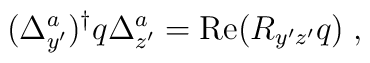
(\Delta^a_{y'})^{\dagger} q \Delta^a_{z'} = \mbox{Re}(R_{y'z'}q)\; ,